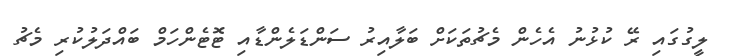
ލީގުގައި ރޭ ކުޅުނު އެހެން މެޗުތަކަށް ބަލާއިރު ސަންޑަލެންޑާއި ޓޮޓެންހަމް ބައްދަލުކުރި މެޗު